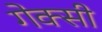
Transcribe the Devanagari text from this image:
गेक्सी